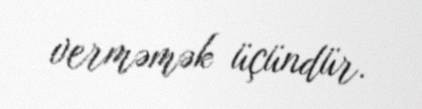
verməmək üçündür.